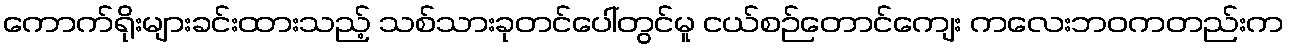
ကောက်ရိုးများခင်းထားသည့် သစ်သားခုတင်ပေါ်တွင်မူ ငယ်စဉ်တောင်ကျေး ကလေးဘဝကတည်းက